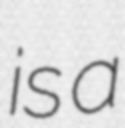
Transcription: is a